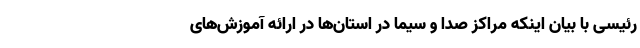
رئیسی با بیان اینکه مراکز صدا و سیما در استان‌ها در ارائه آموزش‌های